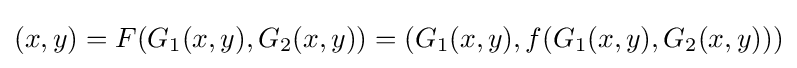
(x,y)=F(G_{1}(x,y),G_{2}(x,y))=(G_{1}(x,y),f(G_{1}(x,y),G_{2}(x,y)))